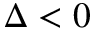
\Delta < 0